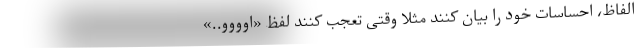
الفاظ، احساسات خود را بیان کنند مثلا وقتی تعجب کنند لفظ «اوووو..»